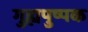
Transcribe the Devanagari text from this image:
गुह्यपुष्पक